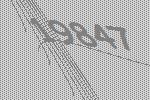
19847